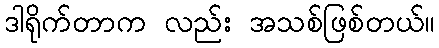
ဒါရိုက်တာက လည်း အသစ်ဖြစ်တယ်။